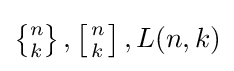
{\textstyle \left\{{\!n\! \atop \!k\!}\right\},\left[{n \atop k}\right],L(n,k)}